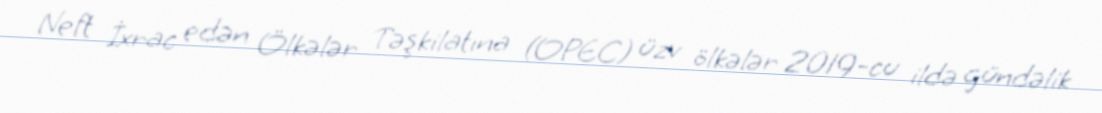
Neft İxrac edən Ölkələr Təşkilatına (OPEC) üzv ölkələr 2019-cu ildə gündəlik